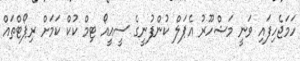
ހަމަޖެހިފައި ވަނީ މަޝްހޫރު އެޕަލް ކުންފުނީގެ ސީއީއޯ ޓިމް ކުކް ކަމަށް ރިޕޯޓްތައް